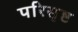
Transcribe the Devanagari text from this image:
परिसृष्ट